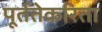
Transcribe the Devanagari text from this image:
पूर्ततेकरिता